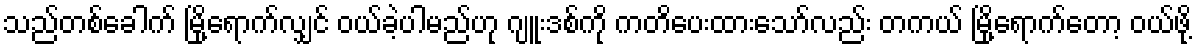
သည်တစ်ခေါက် မြို့ရောက်လျှင် ဝယ်ခဲ့ပါမည်ဟု ဂျူးဒစ်ကို ကတိပေးထားသော်လည်း တကယ် မြို့ရောက်တော့ ဝယ်ဖို့